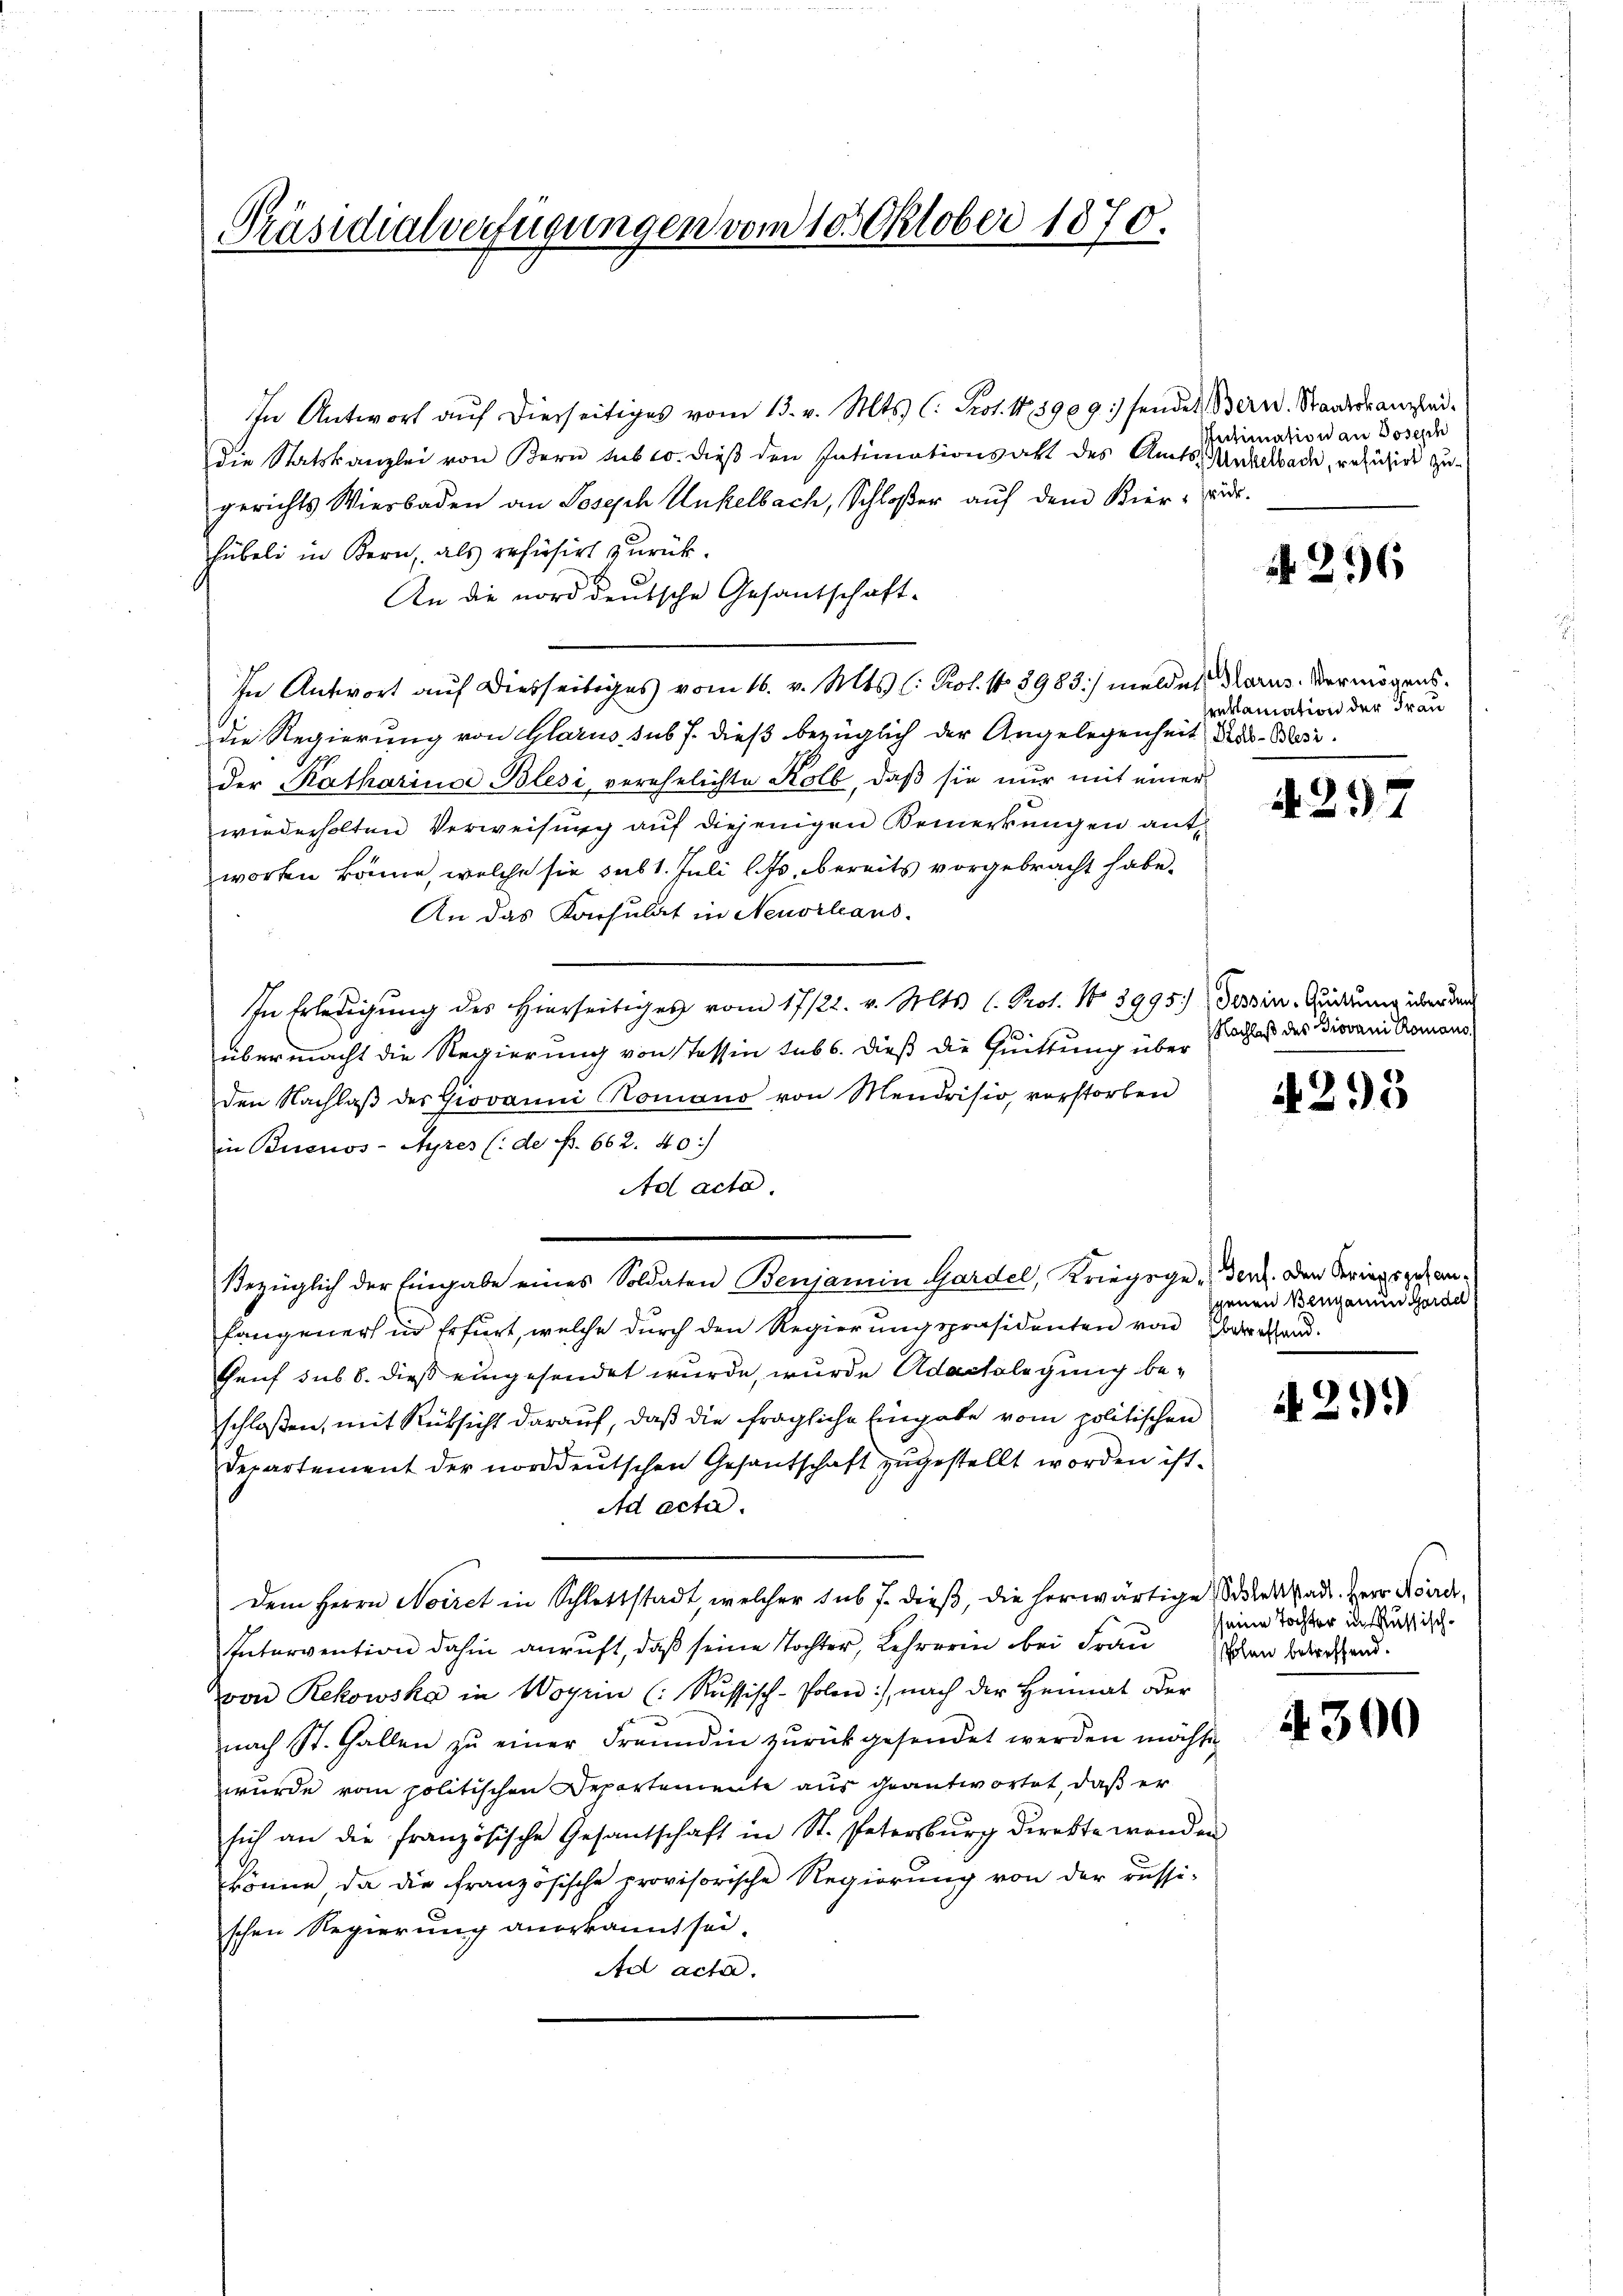
Präsidialverfügungen vom 10. Oktober 1870.

In Antwort aŭf dierseitiges vom 13. v. Mts. (: Prot. N. 5909) sendes Bern. Staatskanzleidie Statskanzlei von Bern sub 10. dieβ den Intimationsakt des Amts- Andelbach, reduzirt zugerichts Wierbaden an Joseph Unkelbach, Schloßer aŭf dem Kier- dr.
hübeli in Bern, als resiasirt zurück.
An die norddeutsche Gesandschaft-
In Antwort auf Diesseitiges vom 16. v. Mts. (: Prof. No 8983) meldet Marus Vermögensdie Regierung von Glarus sub 7. dieß bezüglich der Angelegenheit des Morder Katharins Blesi, verehelichte Kolb, daß sie nur mit einer
wiederholten Verweisung auf diejenigen Bemerkungen ant
worten könne, welche sie sub 1. Juli l. Js., bereits vorgebracht habe.
An das Konsulat in Neuorleans
In Erledigŭng des hierseitiges vom 17/22. v. Mts. (Prot. No 3995.)
übermacht die Regierung von Tessin subs. Dieß die Quittung über
den Nachlaβ des Giovanni Romano von Mendrisio, vorstorben
in Buenos-Ayres (de p. 662. 40.)
Ad acta.
Bezüglich der Eingabe eines Soldaten Benjamin Gardel, Kriegsge-Ger. Den Seriegsgesanfangener in Erfurt, welche durch den Regierungspräsidenten von Oberrestand.
Genf sub 6. dieß eingesendet wurde, wurde Adacklegung beschloßen, mit Rücksicht darauf, daß die fragliche Eingabe vom politischen
Departement der norddeutschen Gesantschaft zugestellt worden ist.
Ad acta.
Dem Herrn Noiret in Schlattstadt, welcher sub J. dieß, die herwärtige Stadt. Herr Korre
Intervention dahin anruft, daß seine Tochter, Lehrerin bei Frau Schen Berchend.
von Rekowska in Wogrin (: Russisch-Polon:), nach der Heimat der
nach St. Gallen zŭ einer Freundin zurückgesendet werden möchte
wurde vom politischen Departemente aus geantwortet, daß er
sich an die französische Gesantschaft in St. Petersburg direkte wenden
könne da die französische provisorische Regierung von der russi-
schen Regierung anerkannt sei.
Ad acta.

Intimation an Joseph

N 226

reklamation der Frau

A 257

Tessin. Quittung über den
Nachlaß des Giovani Romano

4293

genen Berganen Gardel

429)

seine Tochter in Russisch¬

4300